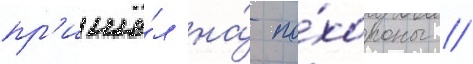
пр'ишё́л на́ по́хороны //